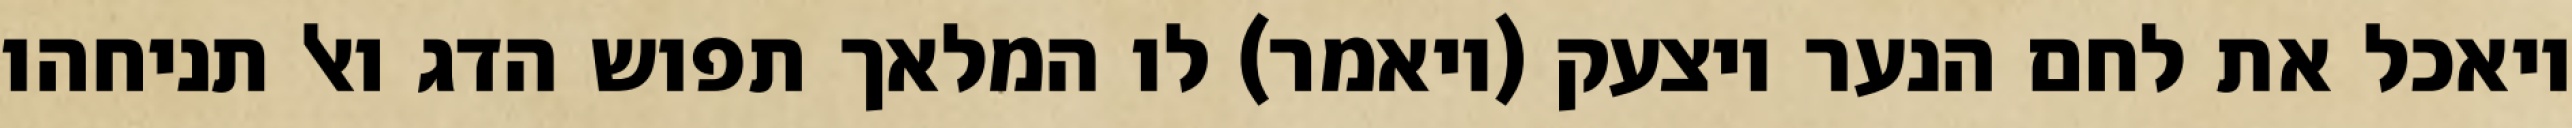
ויאכל את לחם הנער ויצעק (ויאמר) לו המלאך תפוש הדג ואל תניחהו